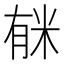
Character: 𱢺